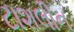
ટાશલીન